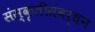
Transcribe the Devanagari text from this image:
संस्कृतीसंवर्धन